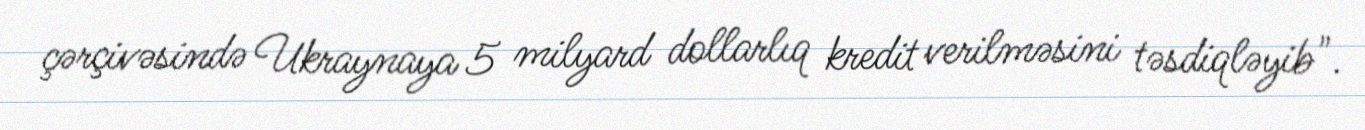
çərçivəsində Ukraynaya 5 milyard dollarlıq kredit verilməsini təsdiqləyib".